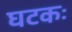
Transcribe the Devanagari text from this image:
घटकः